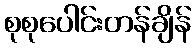
စုစုပေါင်းတန်ချိန်